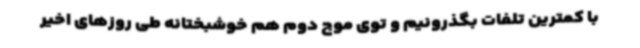
با کمترین تلفات بگذرونیم و توی موج دوم هم خوشبختانه طی روزهای اخیر